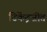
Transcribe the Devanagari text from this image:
टिकेंद्रजीत